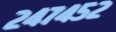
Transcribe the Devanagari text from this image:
२४७४५२